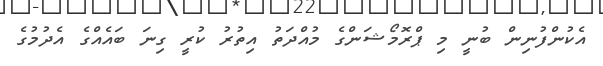
އެކުންފުނިން ބުނީ މި ޕްރޮމޯޝަންގެ މުއްދަތު އިތުރު ކުރީ ގިނަ ބައެއްގެ އެދުމުގެ